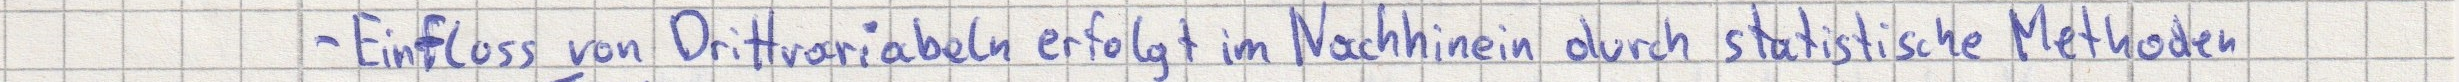
- Einfluss von Drittvariablen erfolgt im Nachhinein durch statistische Methoden